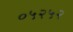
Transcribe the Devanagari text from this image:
०५२५२